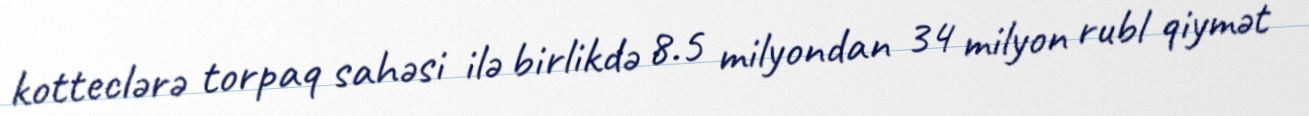
kotteclərə torpaq sahəsi ilə birlikdə 8.5 milyondan 34 milyon rubl qiymət